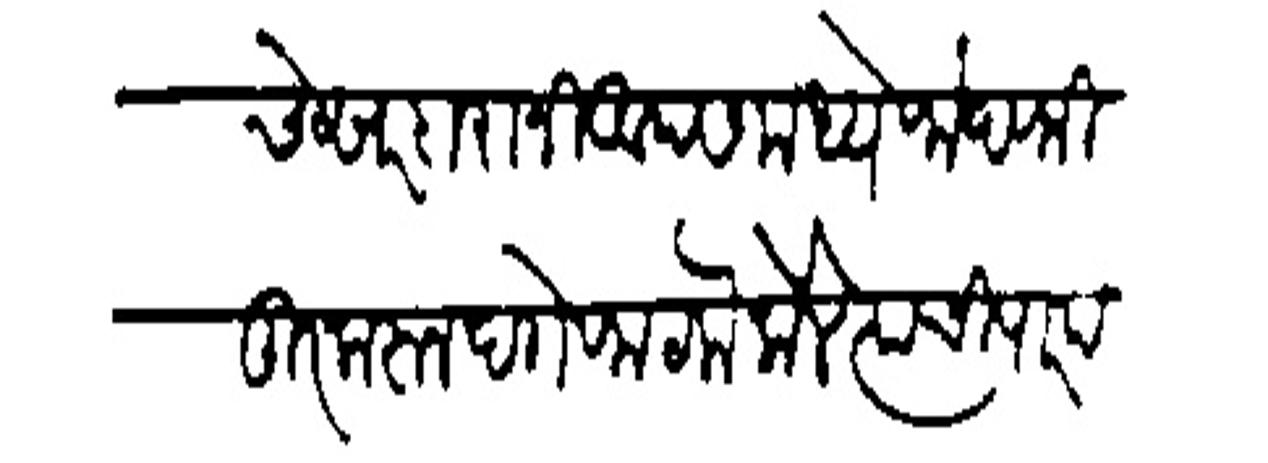
Transliteration (Devanagari): त्यांथे सरदारानी आपसमध्यें फंदफितूर करून दगे फटके केले त्याची पारपरयें